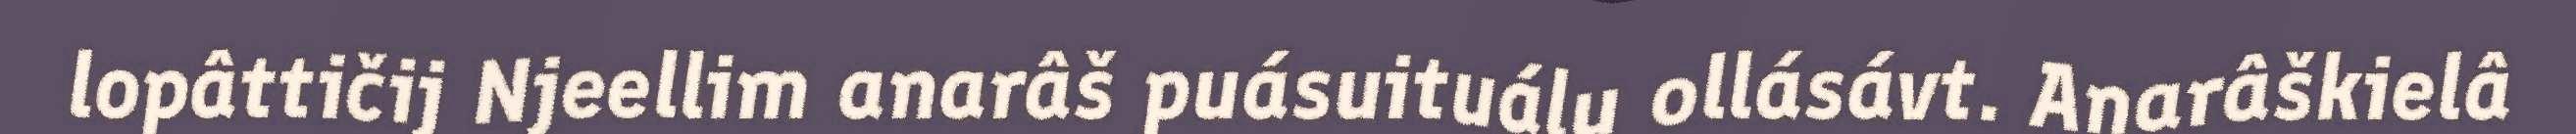
lopâttičij Njeellim anarâš puásuituálu ollásávt. Anarâškielâ